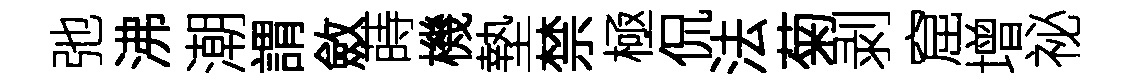
弛沸潮謂斂蒔機墊禁極侃法菊剥窟增祕